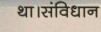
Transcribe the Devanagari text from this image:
था।संविधान